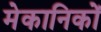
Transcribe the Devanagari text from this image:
मेकानिकों